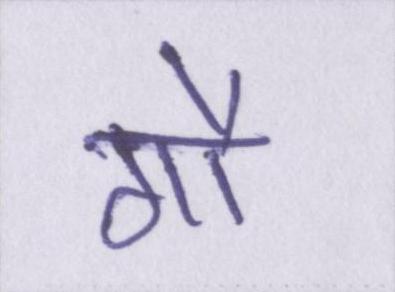
गौ